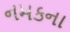
નમકના